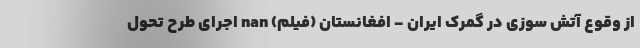
از وقوع آتش سوزی در گمرک ایران - افغانستان (فیلم) nan اجرای طرح تحول